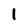
Character: 1